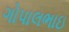
ગોપાલભાઇ